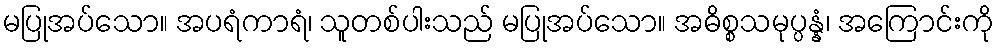
မပြုအပ်သော။ အပရံကာရံ၊ သူတစ်ပါးသည် မပြုအပ်သော။ အဓိစ္စသမုပ္ပန္နံ၊ အကြောင်းကို